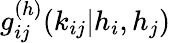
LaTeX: g_{ij}^{(h)}(k_{ij}|h_{i},h_{j})